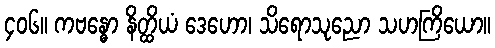
၄၀၆။ ကဗန္ဓော နိတ္ထိယံ ဒေဟော၊ သိရောသုညော သဟကြိယော။